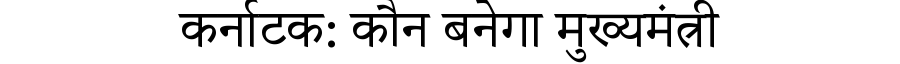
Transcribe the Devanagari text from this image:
कर्नाटक: कौन बनेगा मुख्यमंत्री